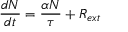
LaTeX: { \frac { d N } { d t } } = { \frac { \alpha N } { \tau } } + R _ { e x t }